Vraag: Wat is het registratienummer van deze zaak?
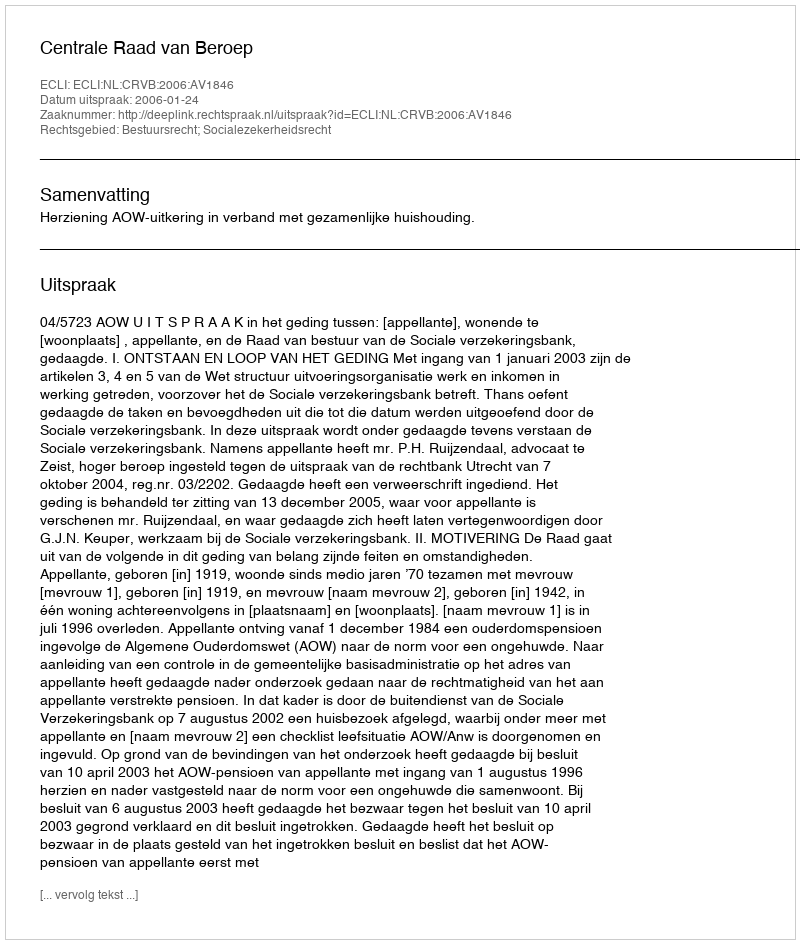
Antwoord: http://deeplink.rechtspraak.nl/uitspraak?id=ECLI:NL:CRVB:2006:AV1846